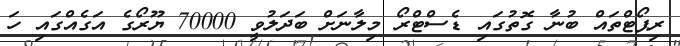
ރިޕޯޓްތައް ބުނާ ގޮތުގައި ޑެސްޓްރޯ މިލާނަށް ބަދަލުވީ 70000 ޔޫރޯގެ އަގެއްގައި ހަ